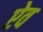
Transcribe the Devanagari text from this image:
ऐव